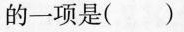
的一项是()